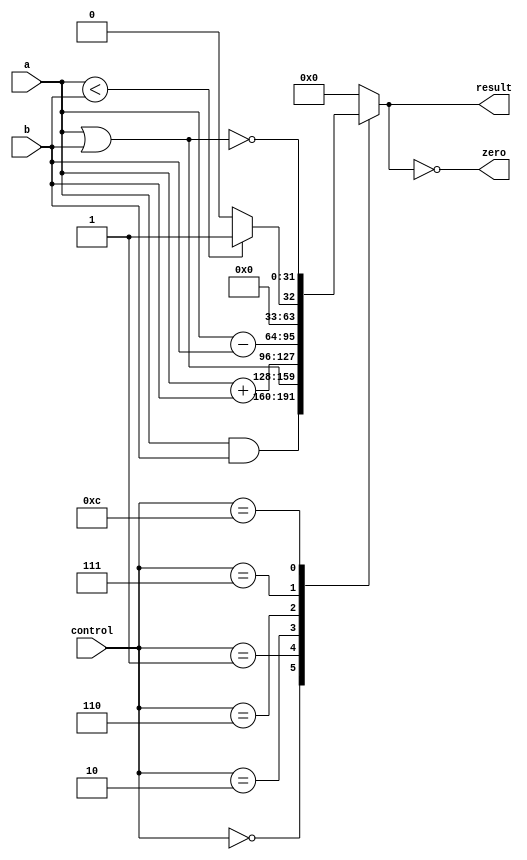
`ifndef __VE370__ALU__
`define __VE370__ALU__
module alu(
    input [3:0] control, 
    input [31:0] a, b, 
    output zero, 
    output reg [31:0] result 
);

// input [3:0] control;
// input [31:0] a, b;
// output zero;
// output [31:0] result;
// reg [31:0] result;

always @(control, a, b) begin
    case (control)
        4'b0000: result = a & b;
        4'b0001: result = a | b;
        4'b0010: result = a + b;
        4'b0110: result = a - b;
        4'b0111: result = (a < b) ? 1 : 0;
        4'b1100: result = ~(a | b);
        default: result = 32'b0;
    endcase
end

assign zero = (result == 0);

endmodule // alu
`endif